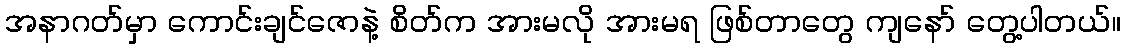
အနာဂတ်မှာ ကောင်းချင်ဇောနဲ့ စိတ်က အားမလို အားမရ ဖြစ်တာတွေ ကျနော် တွေ့ပါတယ်။